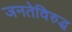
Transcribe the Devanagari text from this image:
जनतेविरुद्ध